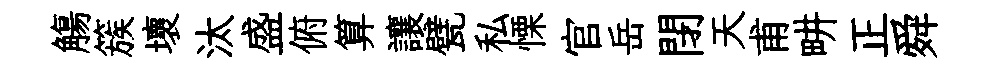
觴簇壞汰盛俯算讓甓私慄官岳閉天甫畊正舜